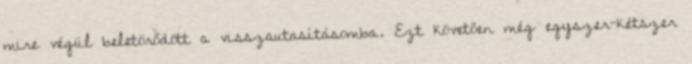
mire végül beletörődött a visszautasításomba. Ezt követően még egyszer-kétszer